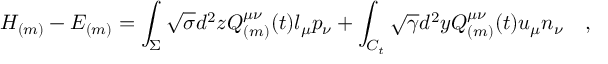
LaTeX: { \cal H } _ { ( m ) } - { \cal E } _ { ( m ) } = \int _ { \Sigma } \sqrt { \sigma } d ^ { 2 } z Q _ { ( m ) } ^ { \mu \nu } ( t ) l _ { \mu } p _ { \nu } + \int _ { C _ { t } } \sqrt { \gamma } d ^ { 2 } y Q _ { ( m ) } ^ { \mu \nu } ( t ) u _ { \mu } n _ { \nu } ~ ~ ~ ,